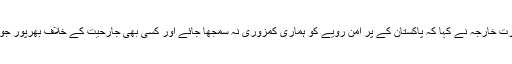
ترجمان وزارت خارجہ نے کہا کہ پاکستان کے پر امن رویے کو ہماری کمزوری نہ سمجھا جائے اور کسی بھی جارحیت کے خلاف بھرپور جواب دیں گے۔